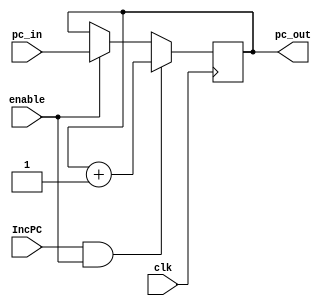
`timescale 1ns / 1ps

module inc_PC(
	input clk, IncPC, enable,
	input [31:0] pc_in,
	output reg[31:0] pc_out
	);
	
initial pc_out = 0;
	
always @ (posedge clk)
	begin
		if(IncPC == 1 && enable ==1)
			pc_out <= pc_out + 1;
		else if (enable == 1)
			pc_out <= pc_in;
	end
				
endmodule